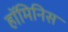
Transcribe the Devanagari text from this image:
हॉमिनिस